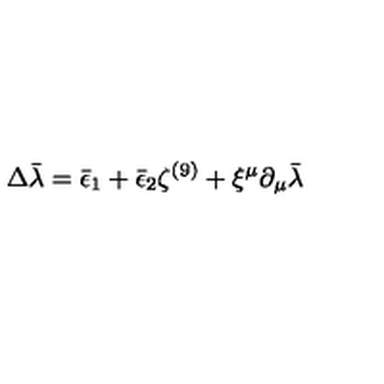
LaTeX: \Delta \bar { \lambda } = \bar { \epsilon } _ { 1 } + \bar { \epsilon } _ { 2 } \zeta ^ { ( 9 ) } + \xi ^ { \mu } \partial _ { \mu } \bar { \lambda }